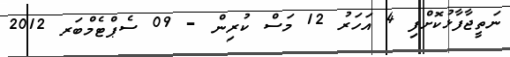
ނަތީޖާފާޅުކޮށްފި 4 އަހަރު 12 މަސް ކުރިން - 09 ސެޕްޓެމްބަރ 2012